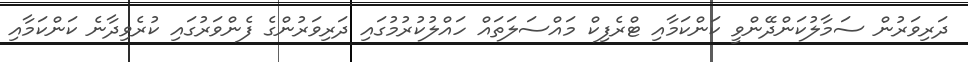
ދަރިވަރުން ސަމާލުކަންދޭންވީ ކަންކަމާއި ޓްރެފިކް މައްސަލަތައް ހައްލުކުރުމުގައި ދަރިވަރުންގެ ފެންވަރުގައި ކުރެވިދާނެ ކަންކަމާއި